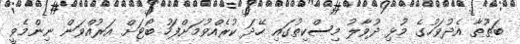
ބަޠޫޠާ އެދުވަހުގެ މުޅި ދުވާލު މިސްކިތުގައި ހޭދަ ކުރެއްވުމަށްފަހު ބޯޓަށް އަރުއްވަން ނިންމެވީ